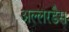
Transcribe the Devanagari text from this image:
अल्लरडैस